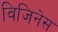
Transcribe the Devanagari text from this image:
विजिनेस